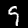
Label: 9